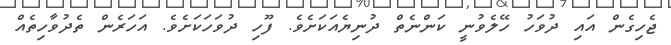
ޖެހިގެން އައި ދުވަހު ހޭލެވުނީ ކަންނެތް ދުނިޔެއަކަށެވެ. ފޫހި ދުވަހަކަށެވެ. އަހަރެން ތެދުވާހިތެއް